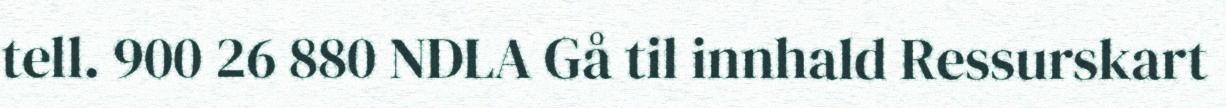
tell. 900 26 880 NDLA Gå til innhald Ressurskart